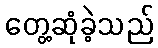
တွေ့ဆုံခဲ့သည်